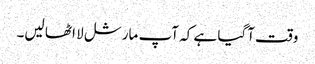
وقت آگیا ہے کہ آپ مارشل لا اٹھا لیں۔